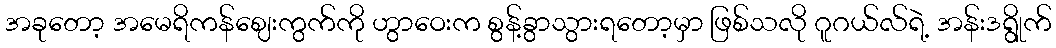
အခုတော့ အမေရိကန်ဈေးကွက်ကို ဟွာဝေးက စွန့်ခွာသွားရတော့မှာ ဖြစ်သလို ဂူဂယ်လ်ရဲ့ အန်းဒရွိုက်